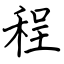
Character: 程